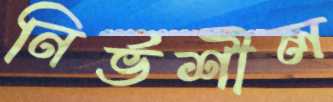
নির্ভশীল